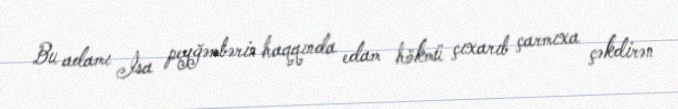
Bu adamı İsa peyğəmbərin haqqında edam hökmü çıxarıb çarmıxa çəkdirən